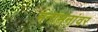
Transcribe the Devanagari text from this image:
मनांमनांवर